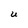
Character: U